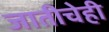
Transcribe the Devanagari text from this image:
जातीचेही